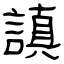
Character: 謓